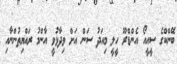
ބޭންކްގެ ސީއީއޯ އެންޑްރޫ ހީލީ މިއަދު ސަން އަށް ވިދާޅުވީ އާންމު ރައްޔިތުންނާއި